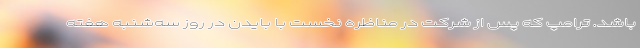
باشد. ترامپ که پس از شرکت در مناظره نخست با بایدن در روز سه‌شنبه هفته